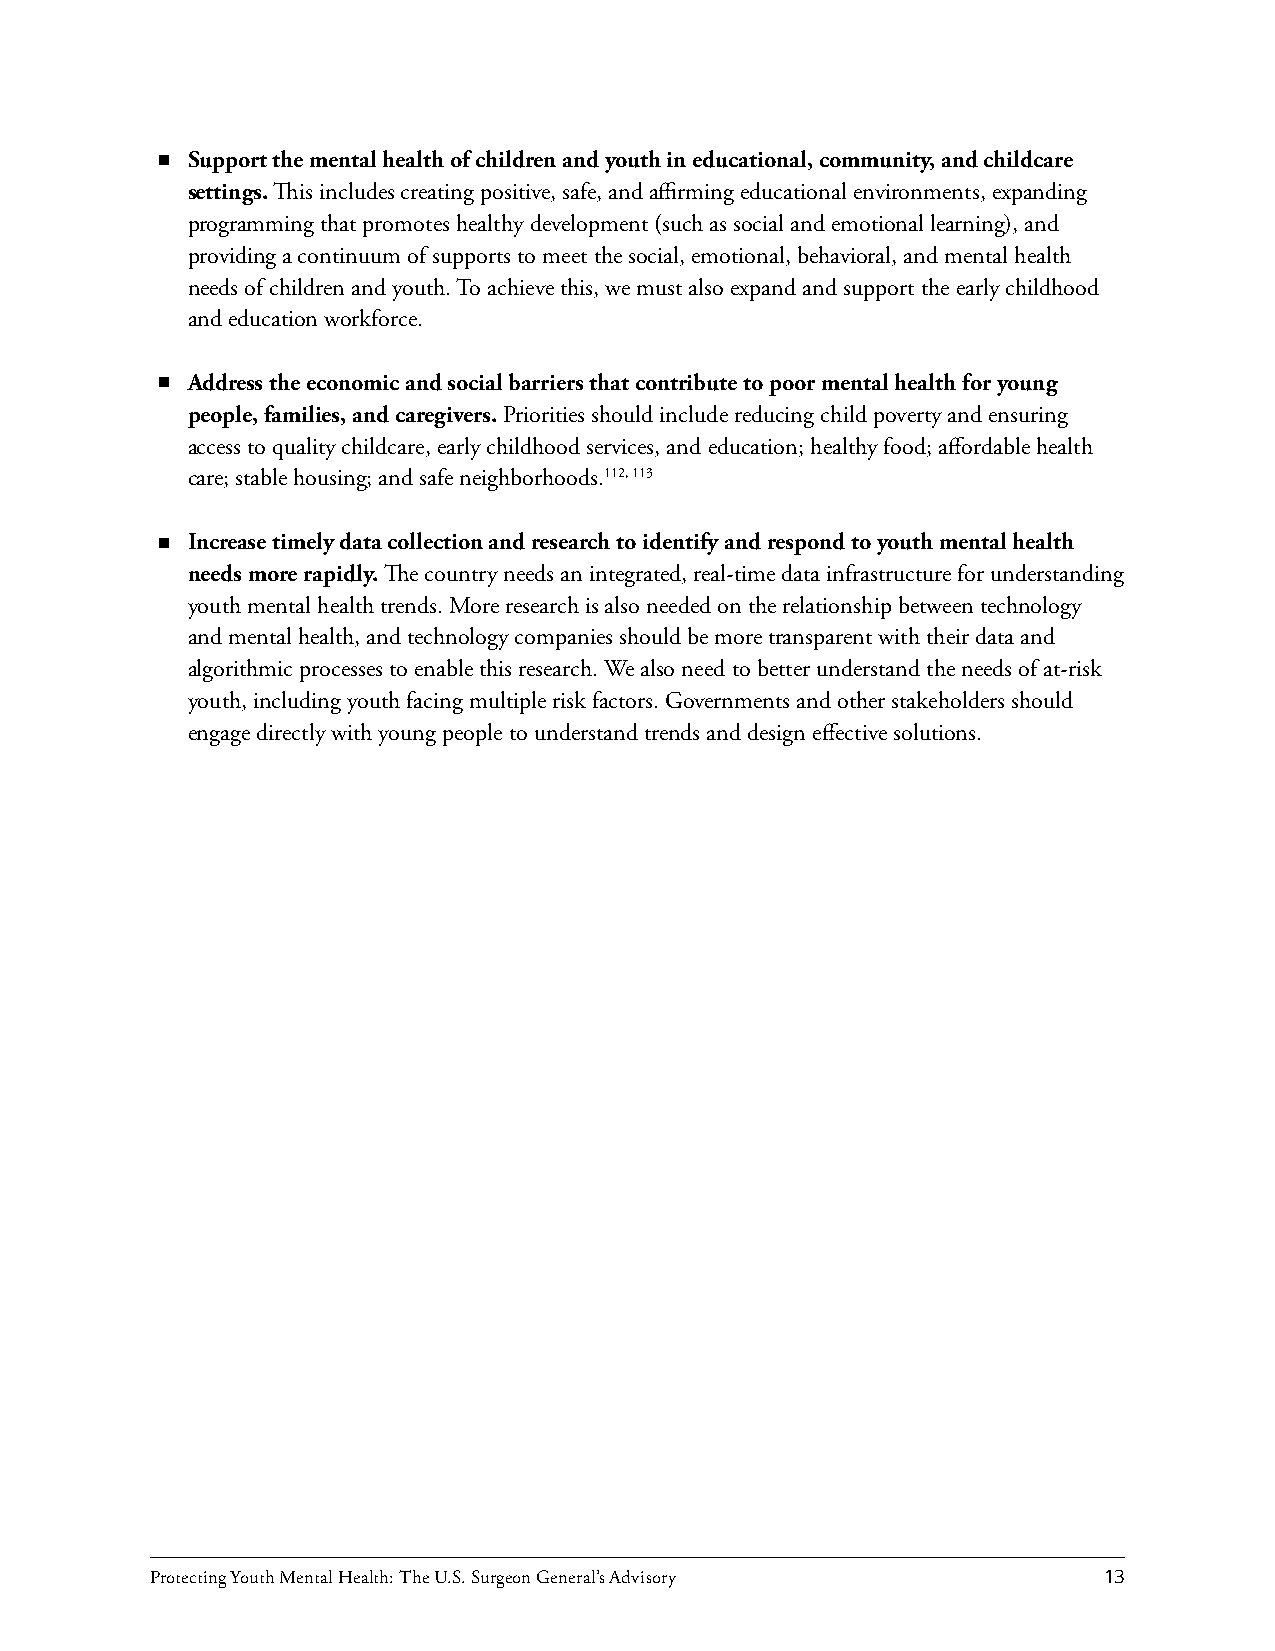
Support the mental health of children and youth in educational, community, and childcare
 settings. This includes creating positive, safe, and affirming educational environments, expanding
 programming that promotes healthy development (such as social and emotional learning), and
 providing a continuum of supports to meet the social, emotional, behavioral, and mental health
 needs of children and youth. To achieve this, we must also expand and support the early childhood
 and education workforce.
 Address the economic and social barriers that contribute to poor mental health for young
 people, families, and caregivers. Priorities should include reducing child poverty and ensuring
 access to quality childcare, early childhood services, and education; healthy food; affordable health
 care; stable housing; and safe neighborhoods.112, 113
 Increase timely data collection and research to identify and respond to youth mental health
 needs more rapidly. The country needs an integrated, real-time data infrastructure for understanding
 youth mental health trends. More research is also needed on the relationship between technology
 and mental health, and technology companies should be more transparent with their data and
 algorithmic processes to enable this research. We also need to better understand the needs of at-risk
 youth, including youth facing multiple risk factors. Governments and other stakeholders should
 engage directly with young people to understand trends and design effective solutions.
 Protecting Youth Mental Health: The U.S. Surgeon General’s Advisory 13